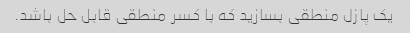
یک پازل منطقی بسازید که با کسر منطقی قابل حل باشد.